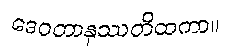
ဒေဝတာနုဿတိထကာ။